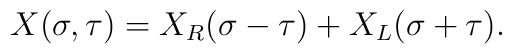
X(\sigma,\tau)=X_R(\sigma-\tau)+X_L(\sigma+\tau).